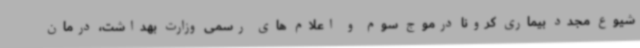
شیوع مجدد بیماری کرونا درموج سوم و اعلام های رسمی وزارت بهداشت، درمان